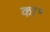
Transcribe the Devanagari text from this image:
का॰